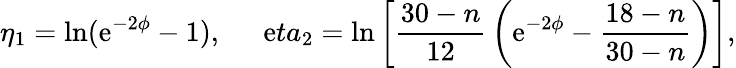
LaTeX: \eta_{1}=\ln(\mathrm{e}^{-2\phi}-1),\ \ \ \ \ \, \mathrm{e}ta_{2}=\ln\left[\frac{{30-n}}{{12}}\, \left(\mathrm{e}^{-2\phi}-\frac{{18-n}}{{30-n}}\right)\right],